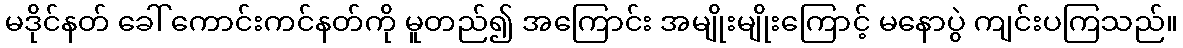
မဒိုင်နတ် ခေါ် ကောင်းကင်နတ်ကို မူတည်၍ အကြောင်း အမျိုးမျိုးကြောင့် မနောပွဲ ကျင်းပကြသည်။